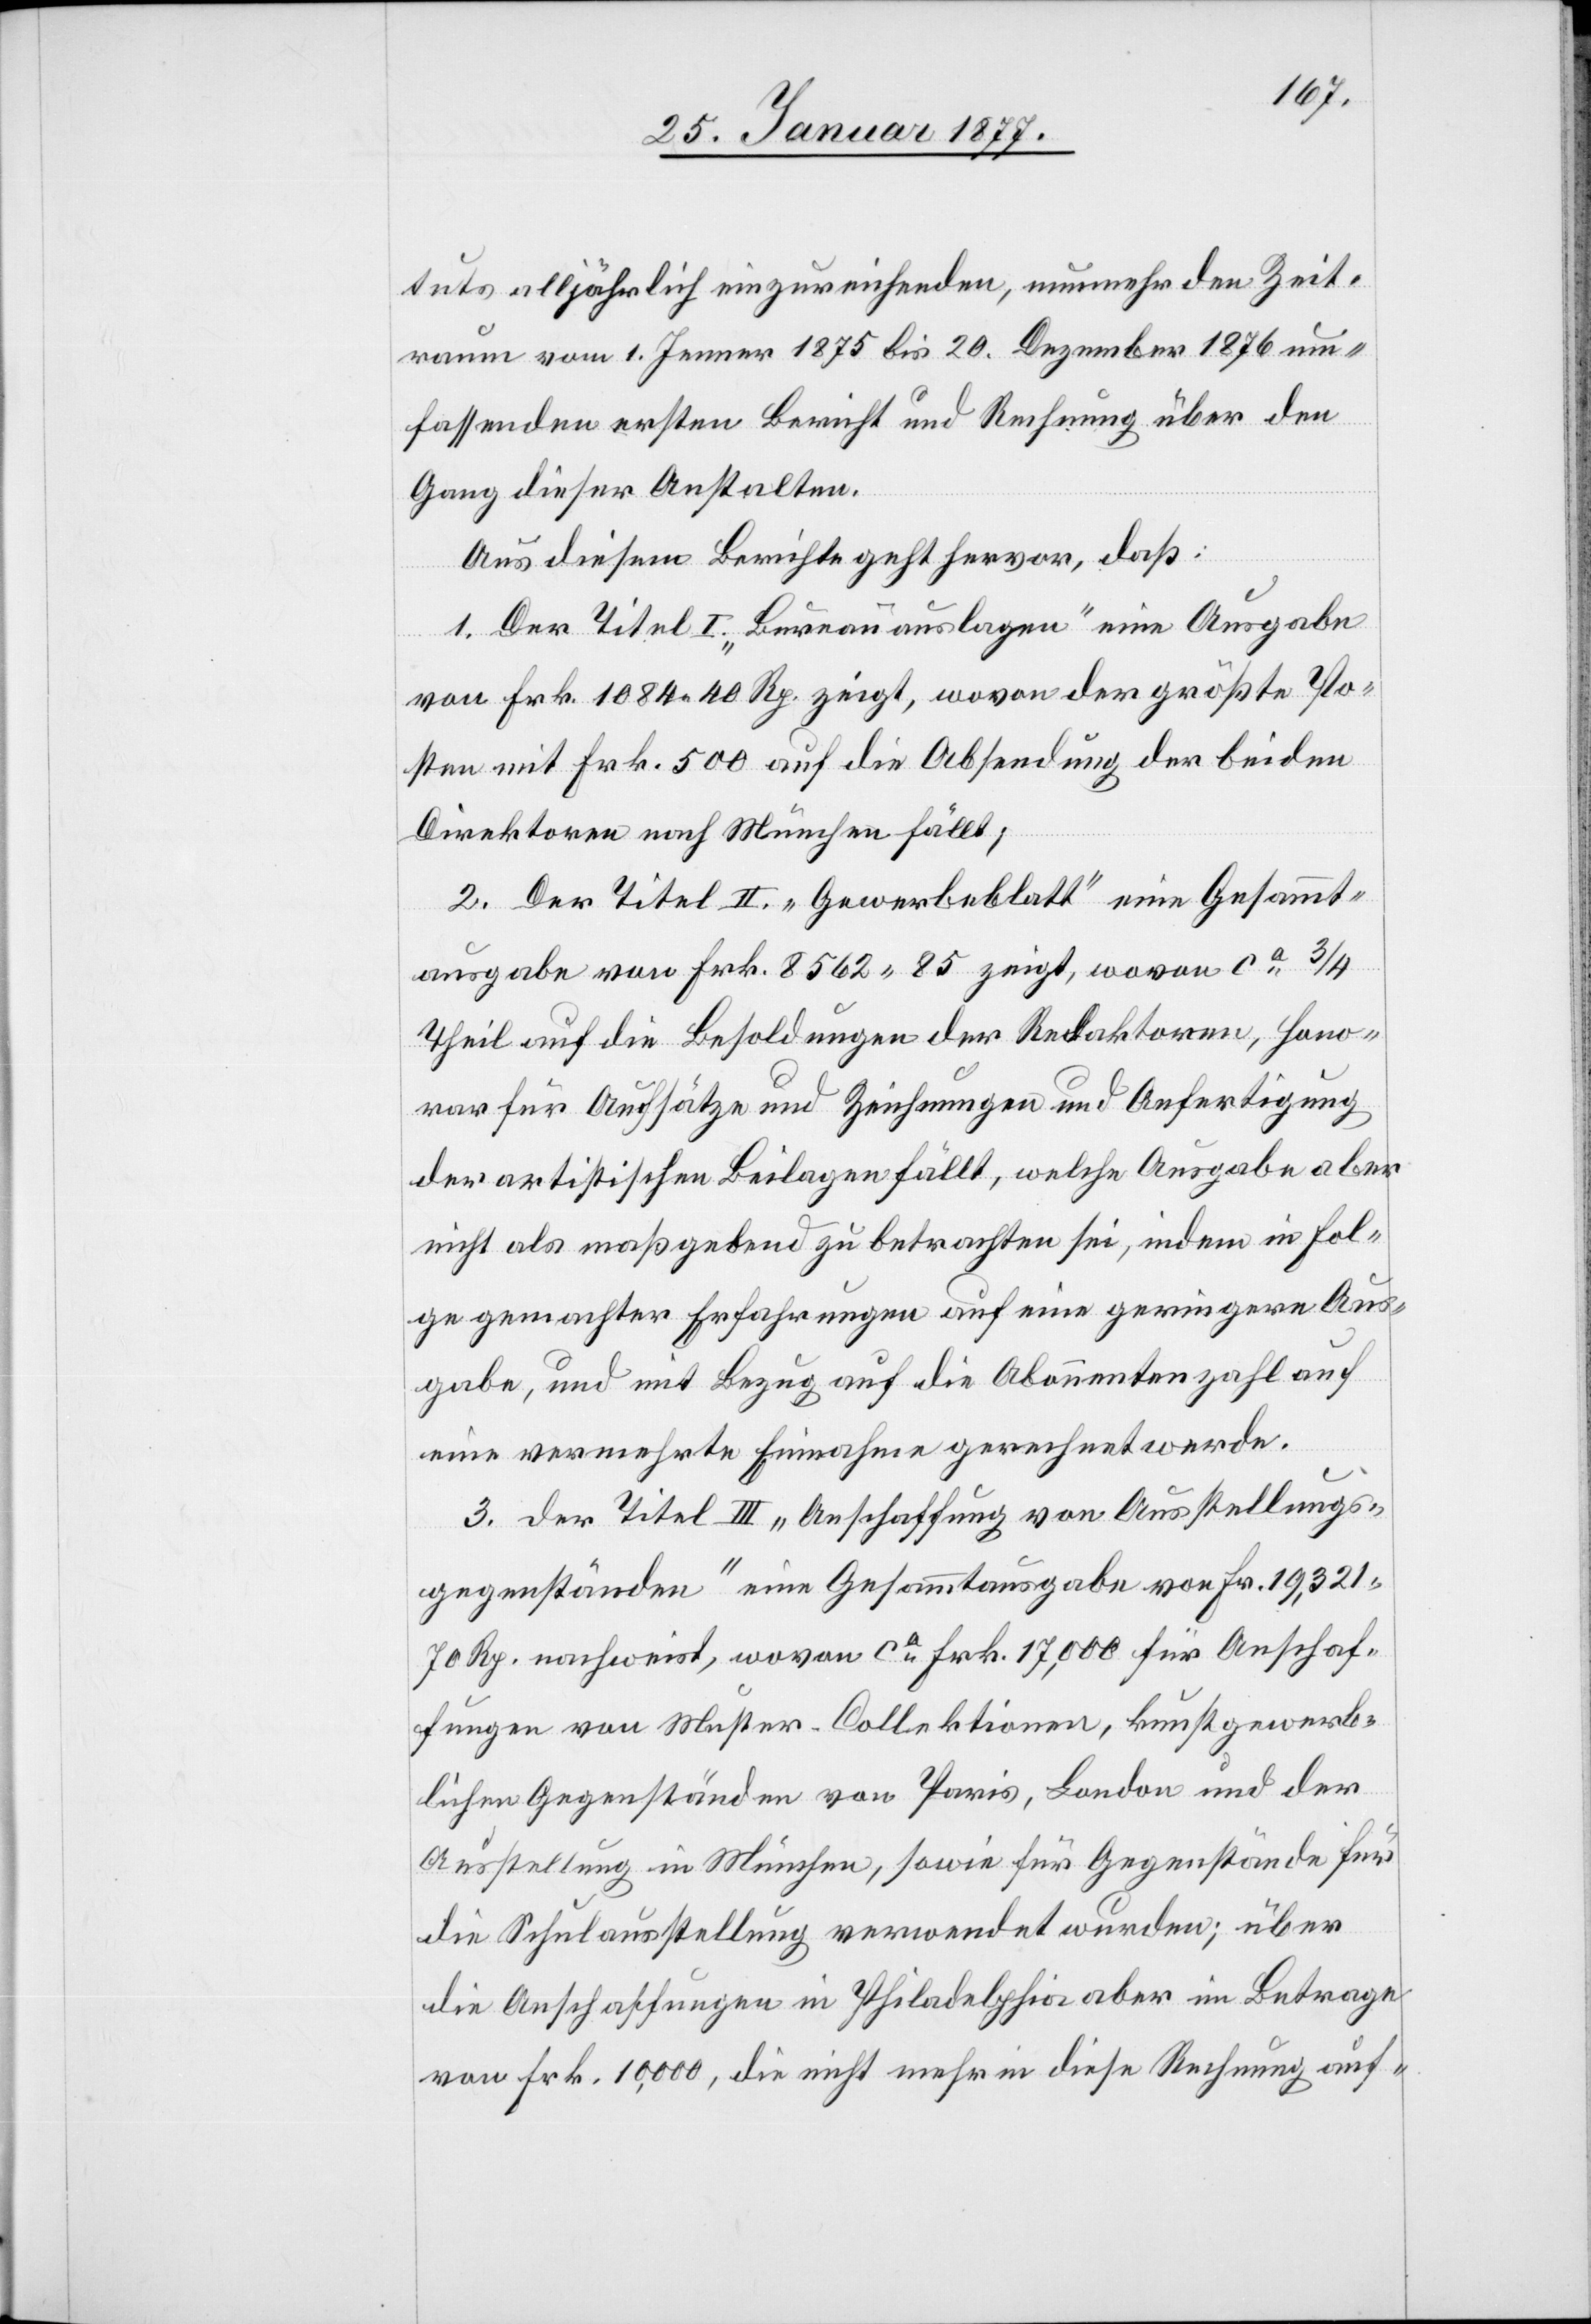
tuts alljährlich einzureichenden, nunmehr den Zeit¬
raum vom 1. Jenner 1875 bis 20. Dezember 1876 um¬
fassenden ersten Bericht und Rechnung über den
Gang dieser Anstalten.
Aus diesem Berichte geht hervor, daß:
1. Der Titel I. „Bureauauslagen“ eine Ausgabe
von Frk. 1084.40 Rp. zeigt, wovon der größte Po¬
sten mit Frk. 500 auf die Absendung der beiden
Direktionen nach München fällt;
2. Der Titel II. „Gewerbeblatt“ eine Gesammt¬
ausgabe von Frk. 8562.85 zeigt, wovon ca 3/4
Theil auf die Besoldungen der Redaktoren, Hono¬
rar für Aufsätze und Zeichnungen und Anfertigung
der artistischen Beilagen fällt, welche Ausgabe aber
nicht als maßgebend zu betrachten ist, indem in Fol¬
ge gemachter Erfahrungen auf eine geringere Aus¬
gabe, und mit Bezug auf die Abonnentenzahl auf
eine vermehrte Einnahme gerechnet werde.
3. Der Titel III „Anschaffung von Ausstellungs¬
gegenständen“ eine Gesammtausgabe von Fr. 19,321.70
Rp. nachweist, wovon ca Frk. 17,000 für Anschaf¬
fung von Muster-Collektionen, kunstgewerb¬
lichen Gegenständen von Paris, London und der
Ausstellung in München, sowie für Gegenstände für
die Schulausstellung verwendet wurden; über
die Anschaffungen in Philadelphia aber im Betrage
von Frk. 10,000, die nicht mehr in diese Rechnung auf-